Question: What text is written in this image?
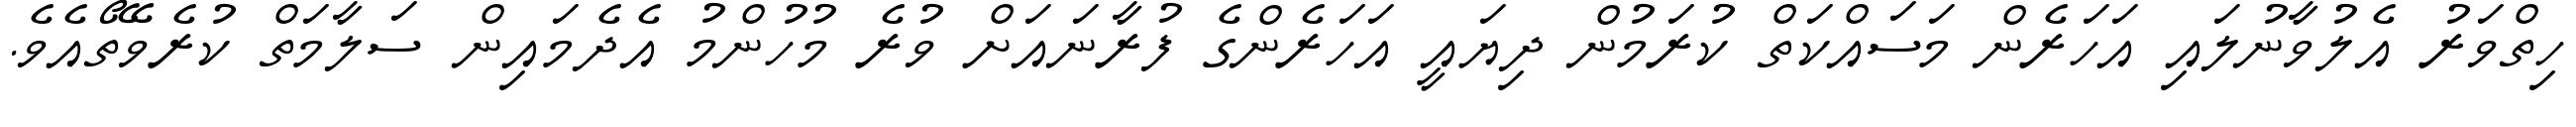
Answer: ހިތްވަރު އެލުވާނުލައި އަހަރެން މަސައްކަތް ކުރަމުން ދިޔައީ އަހަރެންގެ ފުރާނައަށް ވުރެ މުހުންމު އެދެމައިން ސަލާމަތް ކުރެވޭތޯއެވެ.